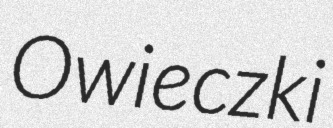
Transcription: Owieczki